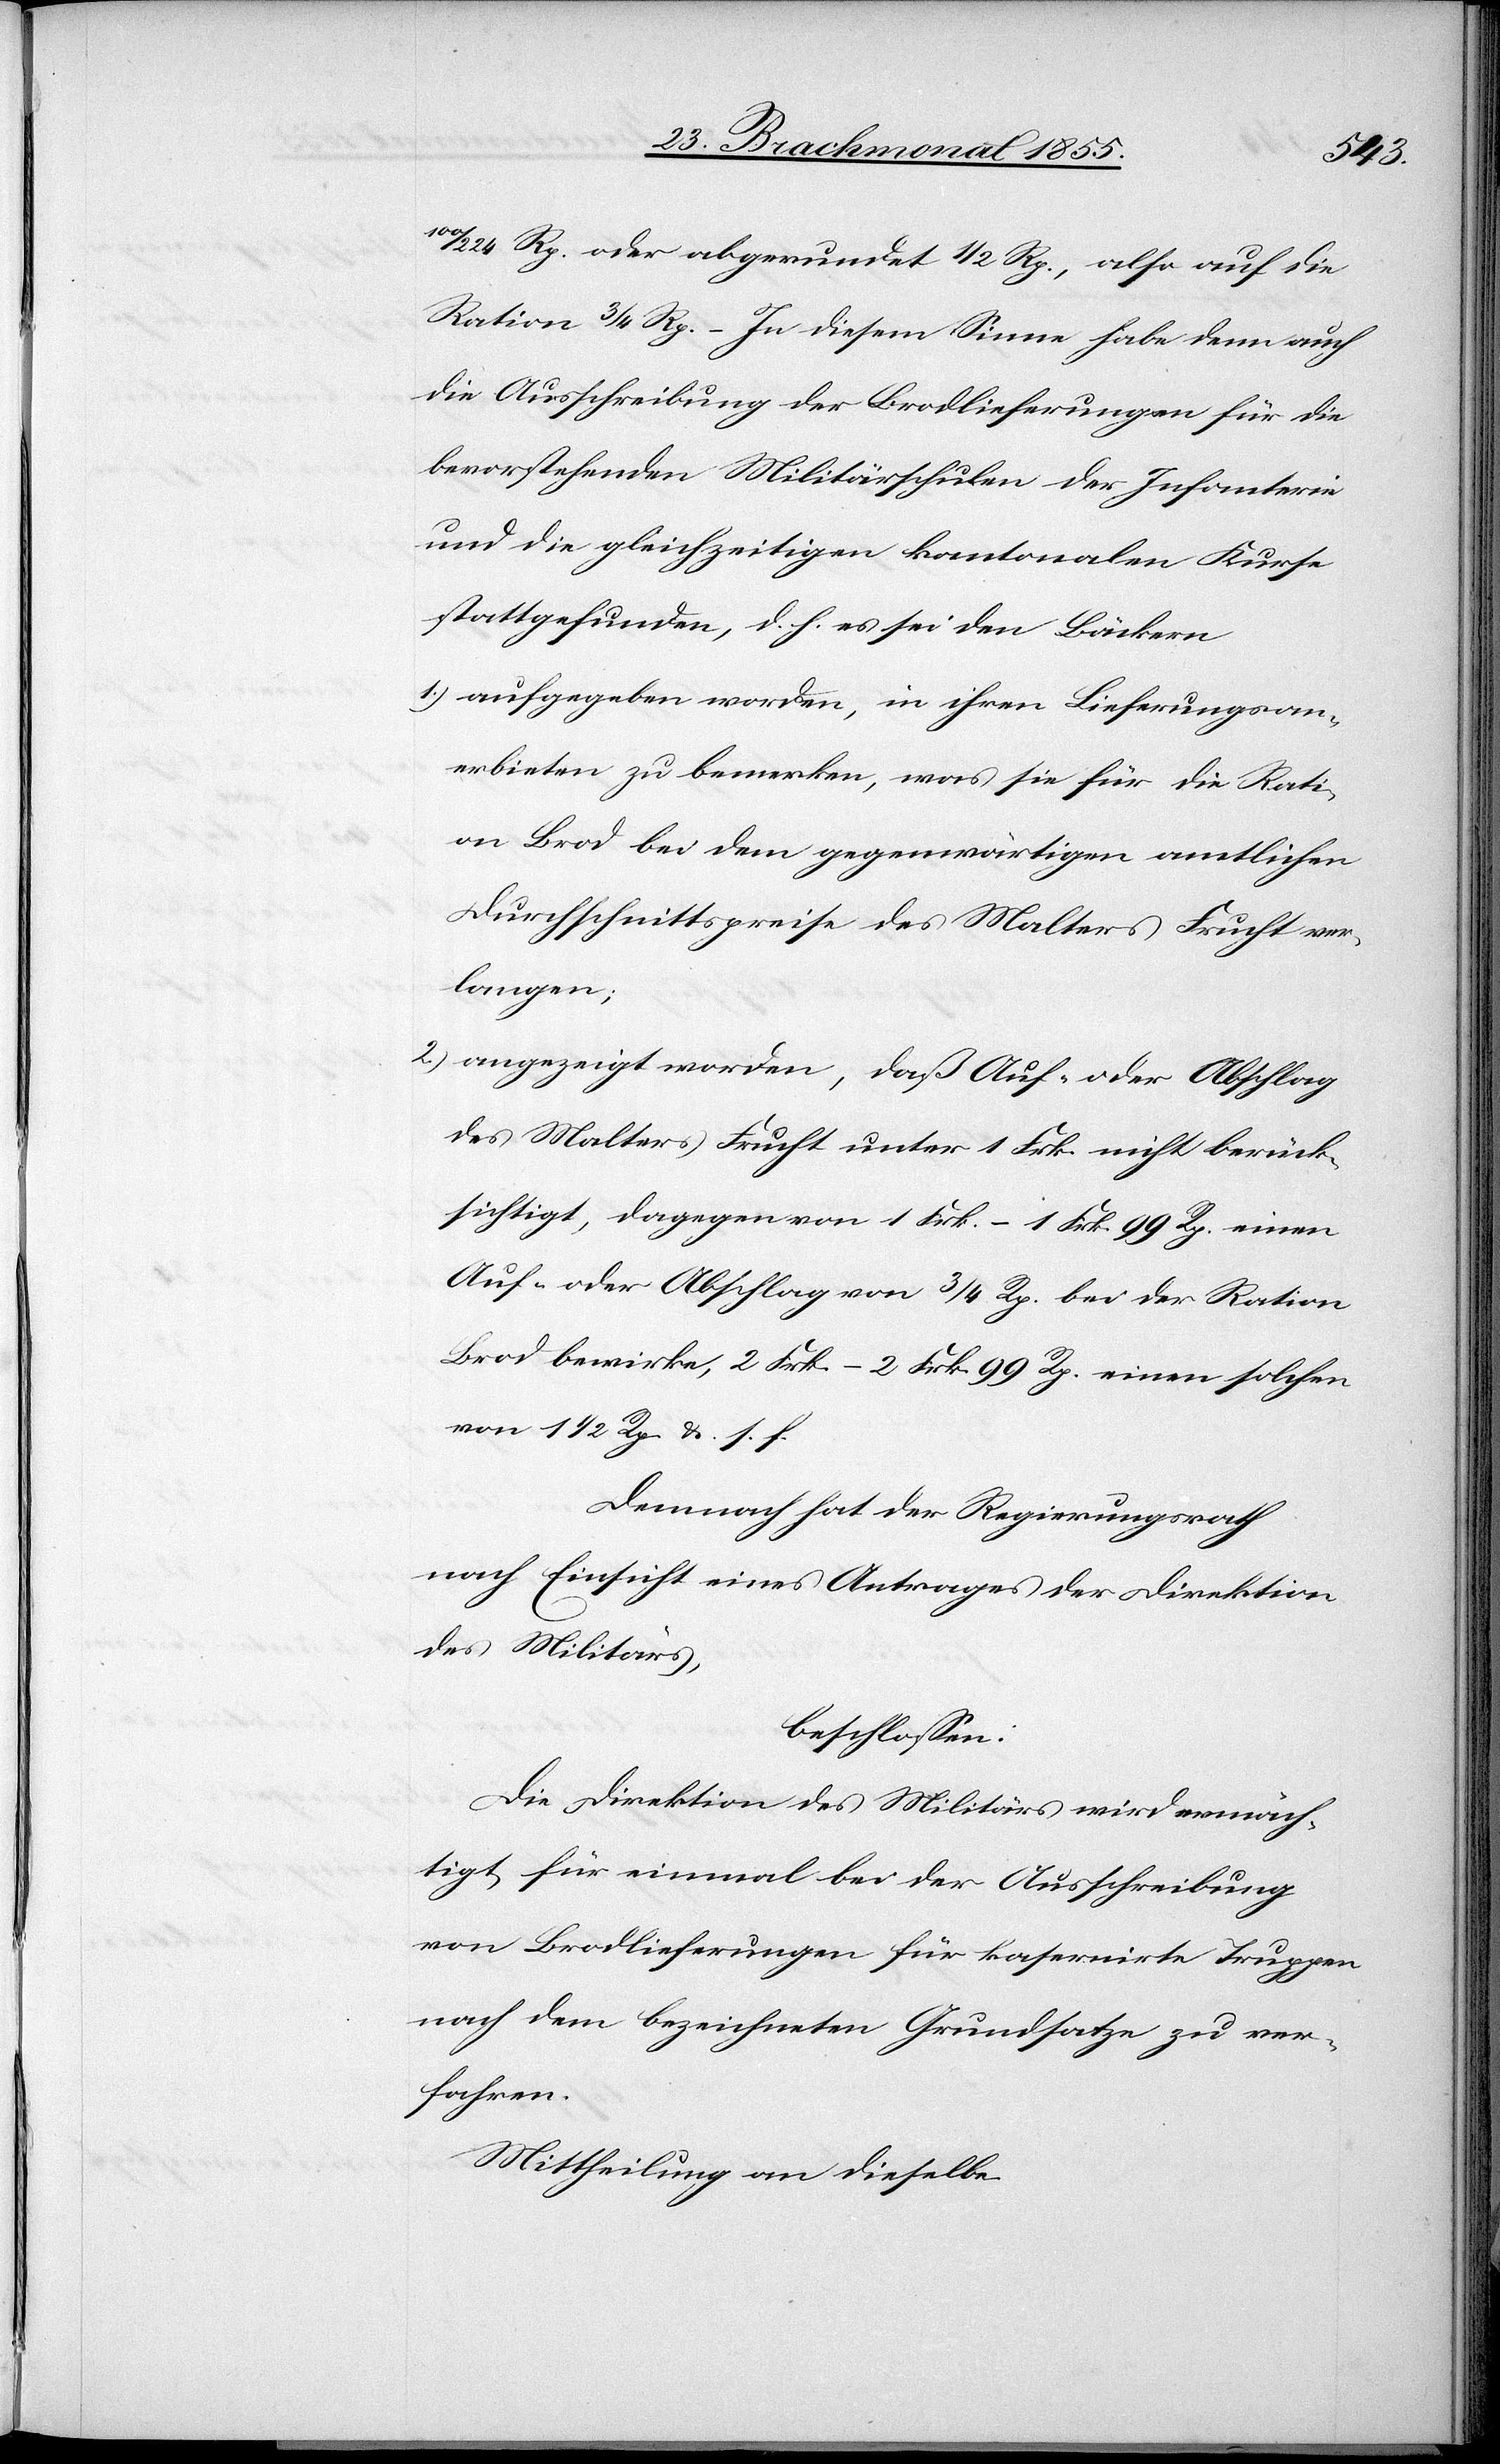
100/224 Rp. oder abgerundet 1/2 Rp., also auf die
Ration 3/4 Rp. – In diesem Sinne habe denn auch
die Ausschreibung der Brodlieferungen für die
bevorstehenden Militärschulen der Infanterie
und die gleichzeitigen kantonalen Kurse
stattgefunden, d. h. es sei den Bäckern
aufgegeben worden, in ihren Lieferungsan¬
erbieten zu bemerken, was sie für die Rati¬
on Brod bei dem gegenwärtigen amtlichen
Durchschnittspreise des Malters Frucht ver¬
langen;
angezeigt worden, daß Auf- oder Abschlag
des Malters Frucht unter 1 Frk. nicht berück¬
sichtigt, dagegen von 1 Frk. – 1 Frk. 99 Rp. einen
Auf- oder Abschlag von 3/4 Rp. bei der Ration
Brod bewirke, 2 Frk. – 2 Frk. 99 Rp. einen solchen
von 1 1/2 Rp. &. s. f.
Demnach hat der Regierungsrath
nach Einsicht eines Antrages der Direktion
des Militärs,
beschlossen:
Die Direktion des Militärs wird ermäch¬
tigt, für einmal bei der Ausschreibung
von Brodlieferungen für kasernirte Truppen
nach dem bezeichneten Grundsatze zu ver¬
fahren.
Mittheilung an dieselbe.